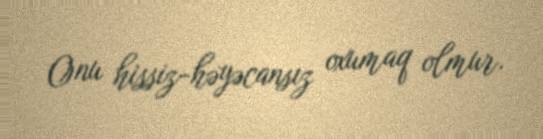
Onu hissiz-həyəcansız oxumaq olmur.